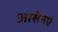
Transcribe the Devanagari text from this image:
आसेनए